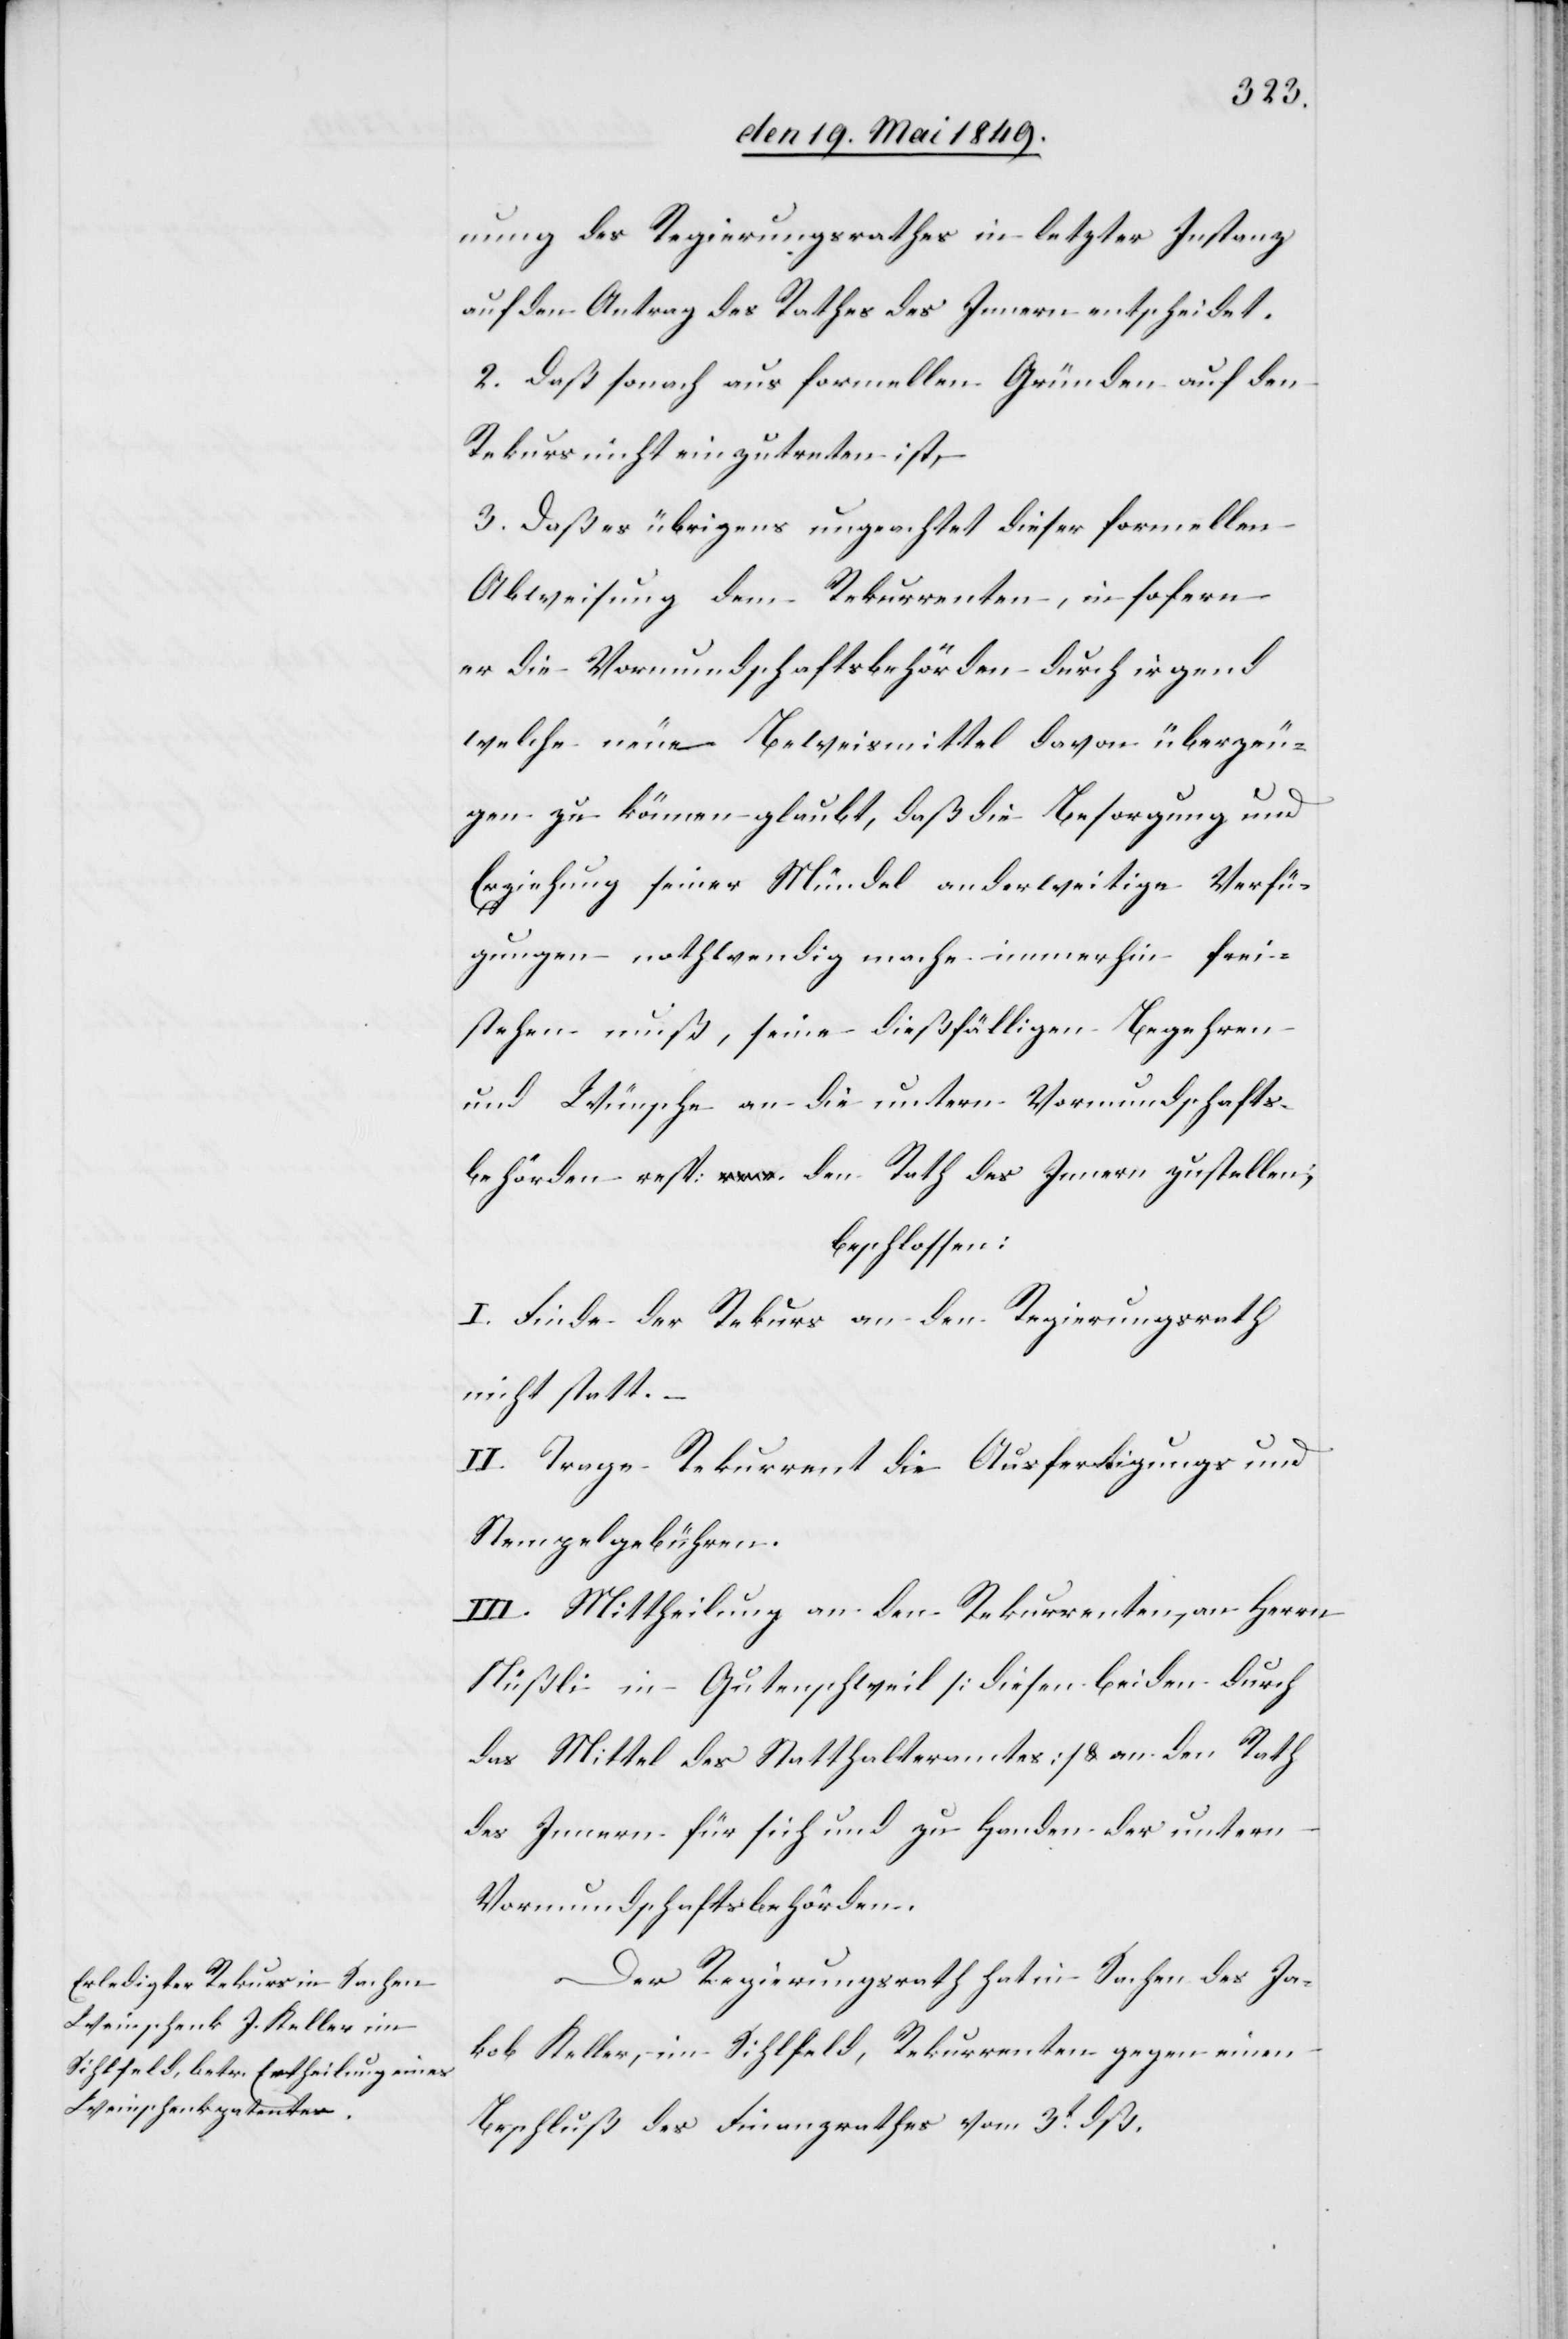
nung des Regierungsrathes in letzter Instanz
auf den Antrag des Rathes des Innern entscheidet.
2. Daß sonach aus formellen Gründen auf den
Rekurs nicht einzutreten ist,
3. Daß es übrigens ungeachtet dieser formellen
Abweisung dem Rekurrenten, in sofern
er die Vormundschaftsbehörden durch irgend
welche neue Beweismittel davon überzeu¬
gen zu können glaubt, daß die Besorgung und
Erziehung seiner Mündel anderweitige Verfü¬
gungen nothwendig mache immerhin frei¬
stehen muß, seine dießfälligen Begehren
und Wünsche an die untern Vormundschafts¬
behörden resp: den Rath des Innern zustellen;
beschlossen:
I. Finde der Rekurs an den Regierungsrath
nicht statt.
II. Trage Rekurrent die Ausfertigungs und
Stempelgebühren.
III. Mittheilung an den Rekurrenten, an Herrn
Nüßli in Gutenschweil [diesen beiden durch
das Mittel des Statthalteramtes] & an den Rath
des Innern für sich und zu Handen der untern
Vormundschaftsbehörden.
Der Regierungsrath hat in Sachen des Ja¬
kob Keller, im Sihlfeld, Rekurrenten gegen einen
Beschluß des Finanzrathes vom 3t dß.